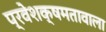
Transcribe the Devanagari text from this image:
प्रवेशक्षमतावाला